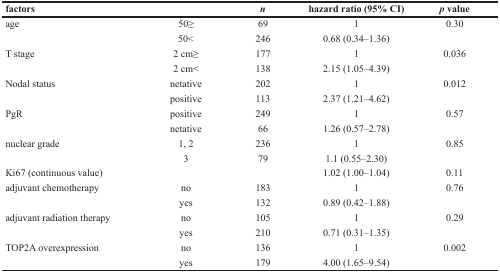
<table><thead><tr><td><b>factors</b></td><td></td><td><b><i>n</i></b></td><td><b>hazard ratio (95% CI)</b></td><td><b><i>p</i> value</b></td></tr></thead><tbody><tr><td rowspan="2">age</td><td>50≥</td><td>69</td><td>1</td><td>0.30</td></tr><tr><td>50&lt;</td><td>246</td><td>0.68 (0.34–1.36)</td><td></td></tr><tr><td rowspan="2">T stage</td><td>2 cm≥</td><td>177</td><td>1</td><td>0.036</td></tr><tr><td>2 cm&lt;</td><td>138</td><td>2.15 (1.05–4.39)</td><td></td></tr><tr><td rowspan="2">Nodal status</td><td>netative</td><td>202</td><td>1</td><td>0.012</td></tr><tr><td>positive</td><td>113</td><td>2.37 (1.21–4.62)</td><td></td></tr><tr><td rowspan="2">PgR</td><td>positive</td><td>249</td><td>1</td><td>0.57</td></tr><tr><td>netative</td><td>66</td><td>1.26 (0.57–2.78)</td><td></td></tr><tr><td rowspan="2">nuclear grade</td><td>1, 2</td><td>236</td><td>1</td><td>0.85</td></tr><tr><td>3</td><td>79</td><td>1.1 (0.55–2.30)</td><td></td></tr><tr><td>Ki67 (continuous value)</td><td></td><td></td><td>1.02 (1.00–1.04)</td><td>0.11</td></tr><tr><td rowspan="2">adjuvant chemotherapy</td><td>no</td><td>183</td><td>1</td><td>0.76</td></tr><tr><td>yes</td><td>132</td><td>0.89 (0.42–1.88)</td><td></td></tr><tr><td rowspan="2">adjuvant radiation therapy</td><td>no</td><td>105</td><td>1</td><td>0.29</td></tr><tr><td>yes</td><td>210</td><td>0.71 (0.31–1.35)</td><td></td></tr><tr><td rowspan="2">TOP2A overexpression</td><td>no</td><td>136</td><td>1</td><td>0.002</td></tr><tr><td>yes</td><td>179</td><td>4.00 (1.65–9.54)</td><td></td></tr></tbody></table>